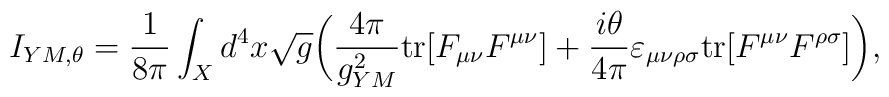
I_{YM, \theta} = { 1\over 8 \pi} \int_X d^4 x \sqrt{g} \bigg( { 4\pi\over g_{YM}^2} {\rm tr} [ F_{\mu\nu}F^{\mu\nu}] + {i \theta \over 4\pi}\varepsilon_{\mu\nu\rho\sigma} {\rm tr} [F^{\mu\nu} F^{\rho\sigma}] \bigg),